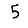
Digit: 5